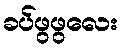
ခပ်ဖွဖွလေး